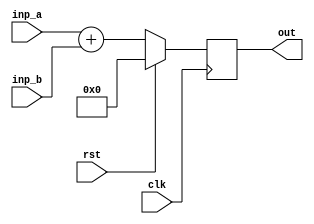
// This program was cloned from: https://github.com/steveicarus/ivtest
// License: GNU General Public License v2.0

module bar(clk, rst, inp_a, inp_b, out);
  input  wire clk;
  input  wire rst;
  input  wire [7:0] inp_a;
  input  wire [7:0] inp_b;
  output reg  [7:0] out;

  always @(posedge clk)
    if (rst) out <= 0;
    else     out <= inp_a + (* ripple_adder *) inp_b;

endmodule

module foo(clk, rst, inp_a, inp_b, out);
  input  wire clk;
  input  wire rst;
  input  wire [7:0] inp_a;
  input  wire [7:0] inp_b;
  output wire [7:0] out;

  bar bar_instance (clk, rst, inp_a, inp_b, out);

  initial begin
    $display("PASSED");
  end

endmodule